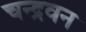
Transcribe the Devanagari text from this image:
चन्द्रवन